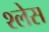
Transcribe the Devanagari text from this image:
श्लेस